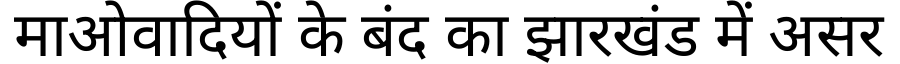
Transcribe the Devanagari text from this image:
माओवादियों के बंद का झारखंड में असर